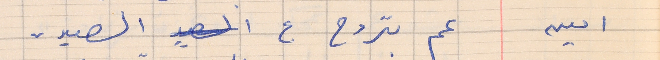
امين        عم بتروح ع الصيد .